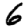
Digit: 6